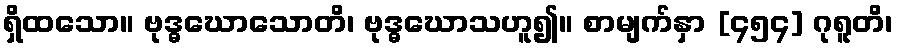
ရှိထသော။ ဗုဒ္ဓဃောသောတိ၊ ဗုဒ္ဓဃောသဟူ၍။ စာမျက်နှာ [၄၅၄] ဂုရူတိ၊